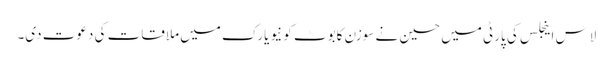
لاس اینجلس کی پارٹی میں حسین نے سوزن کابوٹ کو نیویارک میں ملاقات کی دعوت دی۔